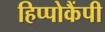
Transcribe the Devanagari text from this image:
हिप्पोकैंपी